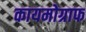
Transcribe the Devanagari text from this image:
कायमोग्राफ